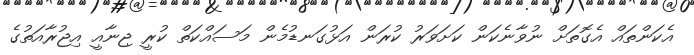
އެކަންތައް އެގޮތަށް ނުވާނެކަން ކަށަވަރު ކުރަން އަޅުގަނޑުމެން މަސައްކަތް ކުރީ ޖިނާއީ އިޖުރާއަތުގެ